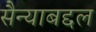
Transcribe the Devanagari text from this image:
सैन्याबद्दल